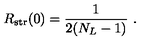
R _ { \mathrm { s t r } } ( 0 ) = { \frac { 1 } { 2 ( N _ { L } - 1 ) } } \ .